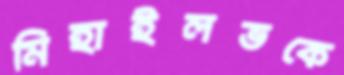
মিহাইলভকে